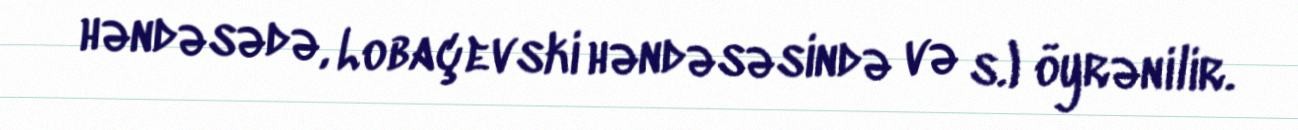
həndəsədə, Lobaçevski həndəsəsində və s.) öyrənilir.